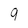
Character: 9